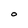
Character: O